Bréfritari: Þórður Grímsson
Viðtakandi: Jón Borgfirðingur
Dagsetning: A-1868-03-17
Skrifað á: Leirá  Borg.

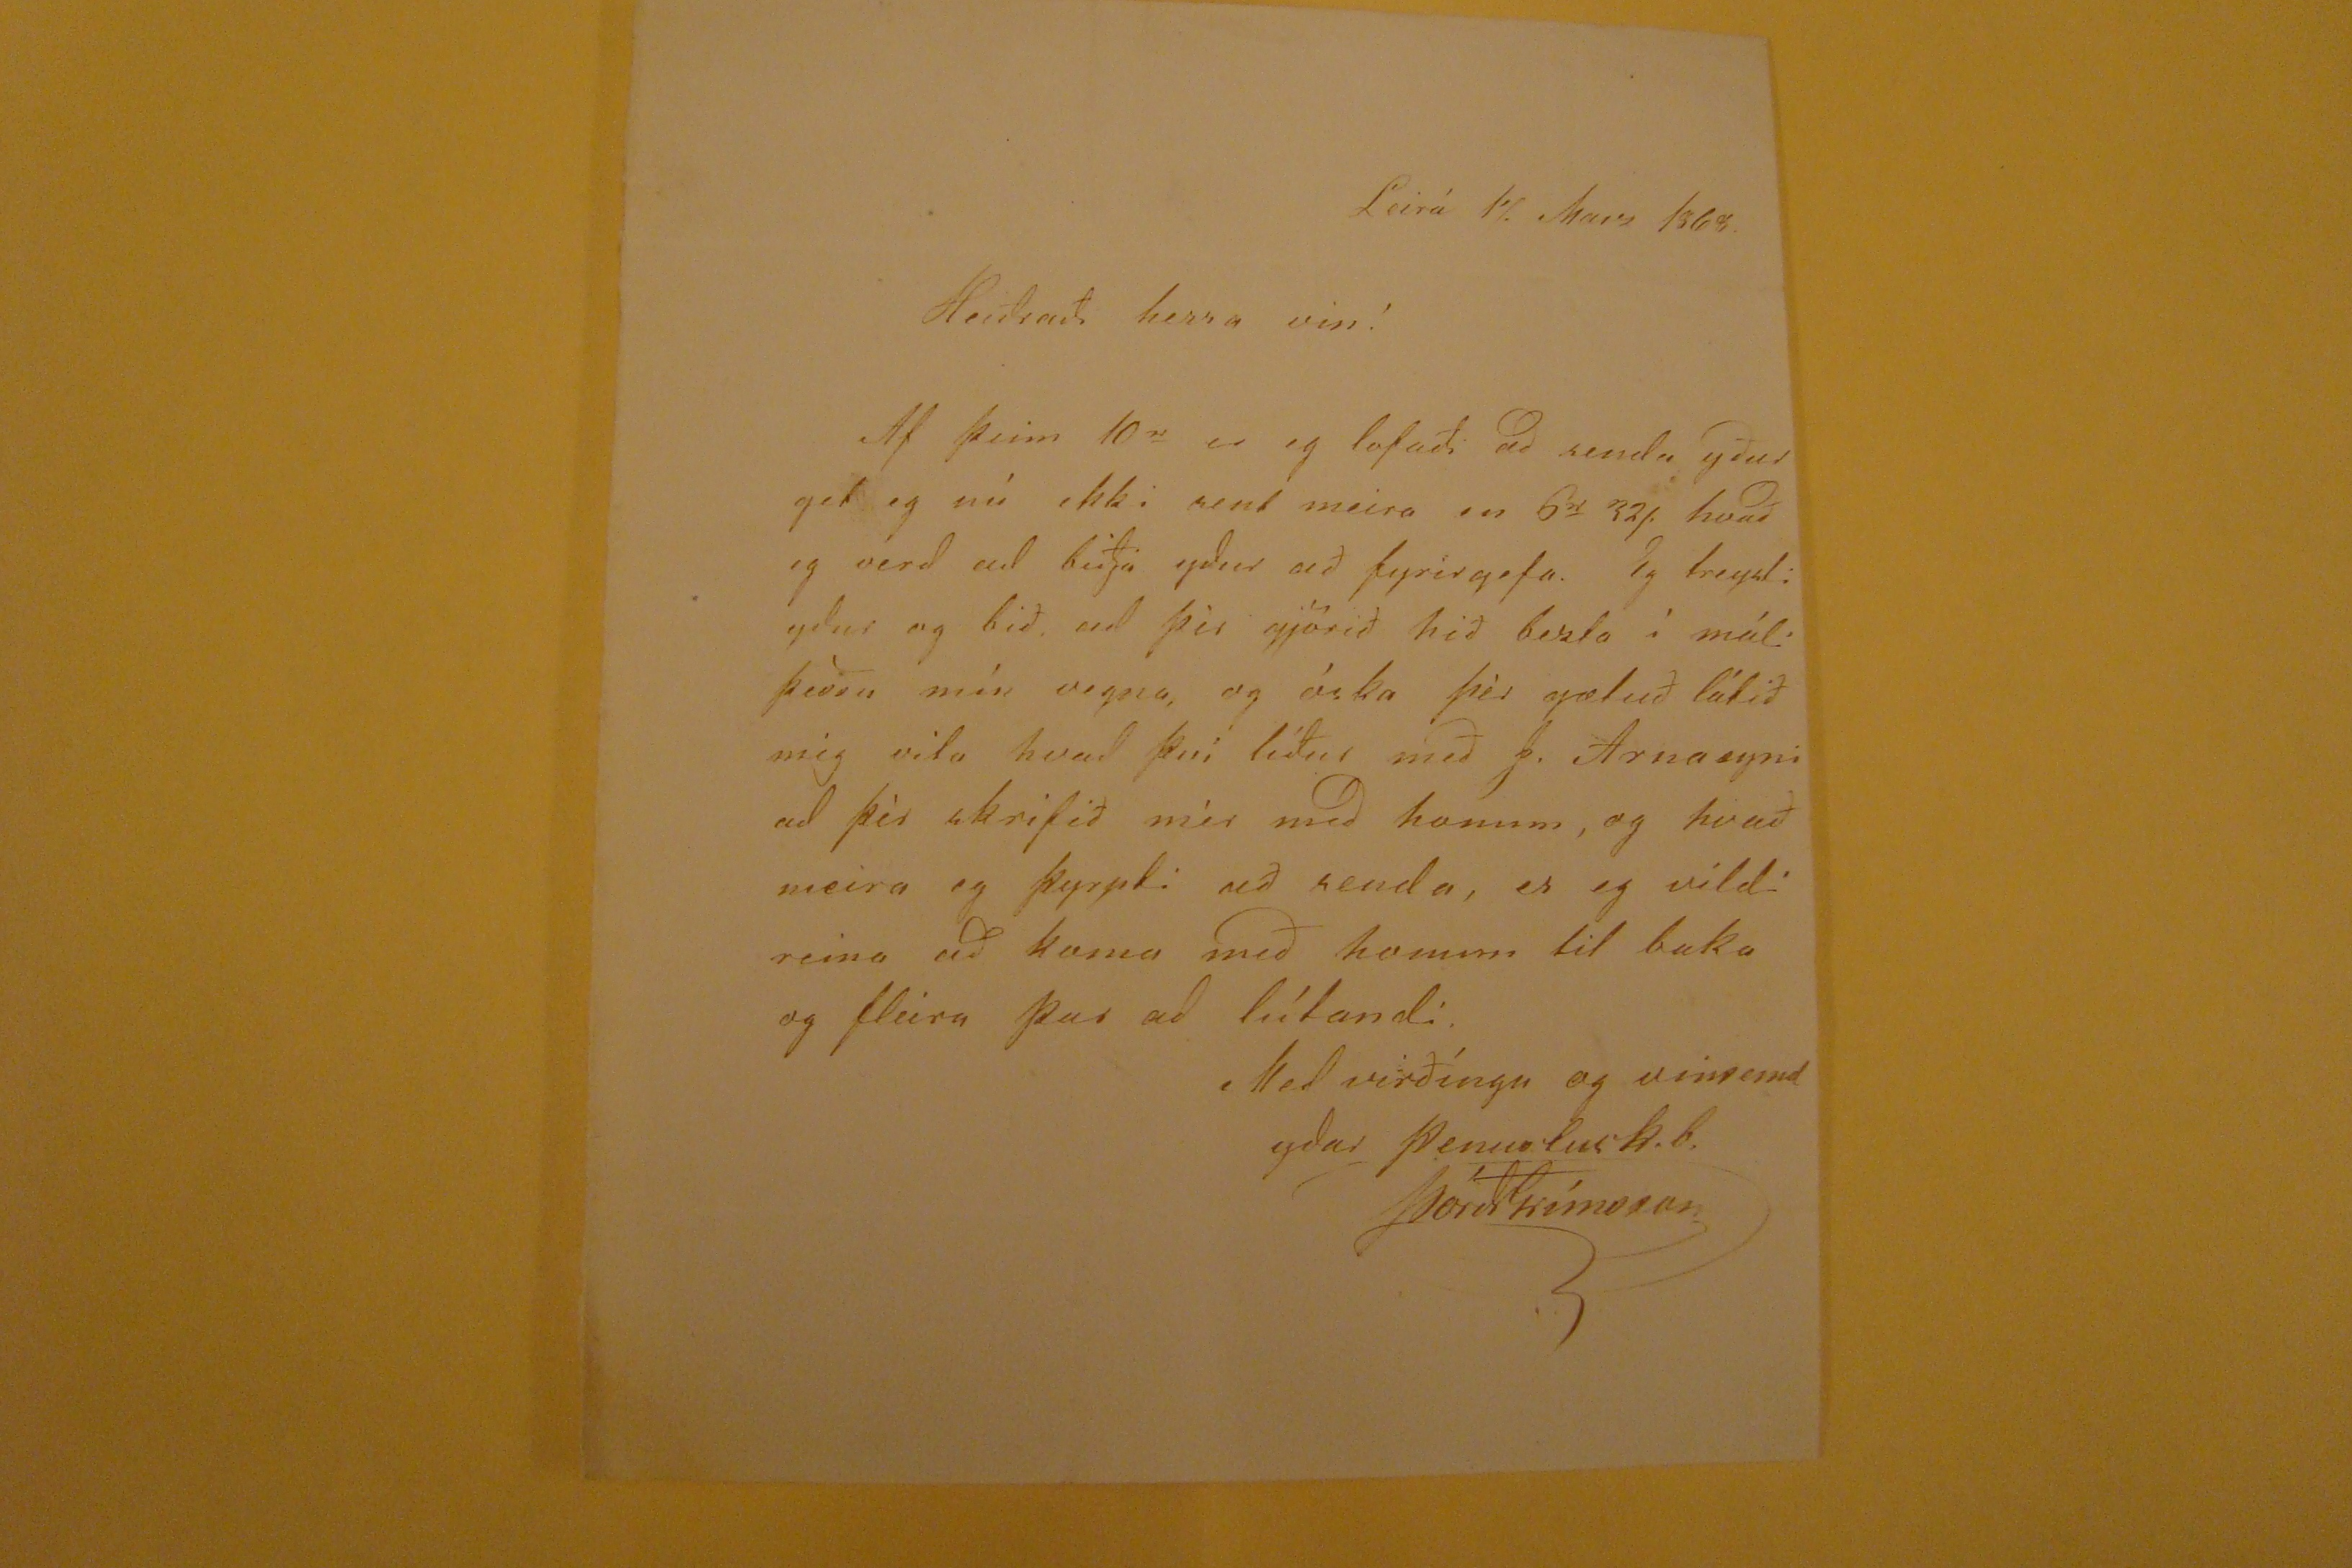

Leirá 17. Marz 1868.
Heiðraði herra vin!
Af þeim 10
n
er eg lofaði ad senda yður get eg nú ekki sent meira en 6
n
32s. hvað eg verd ad biðja ydur að fyrirgefa. Eg treysti ydur og bið ad þèr gjörið hið bezta í máli þessu mín vegna, og óska þèr gætuð látið mig vita hvad því líður með J. Arnasyni ad þèr skrifið mér med honum, og hvað meira eg þyrpti að senda, er eg vildi reina ad koma með honum til baka og fleira þar ad lútandi.
Med viðíngu og vinsemd
ydar
pennslusk. b.
Þórpr Grímsson